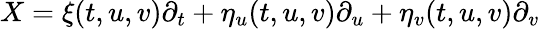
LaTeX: X=\xi(t,u,v)\partial_{t}+\eta_{u}(t,u,v)\partial_{u}+\eta_{v}(t,u,v)\partial_{v}